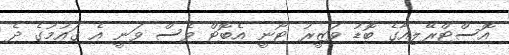
އޮސްޓްރޭލިއާގެ ބޮޑު ވަޒީރު ޓޯނީ އެބޮޓް ވެސް ވަނީ އެ ގައުމުގެ ދެ